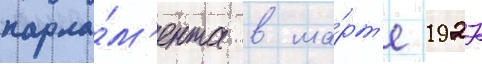
парла́м'ента в ма́рт'е 1927